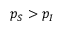
p _ { S } > p _ { I }